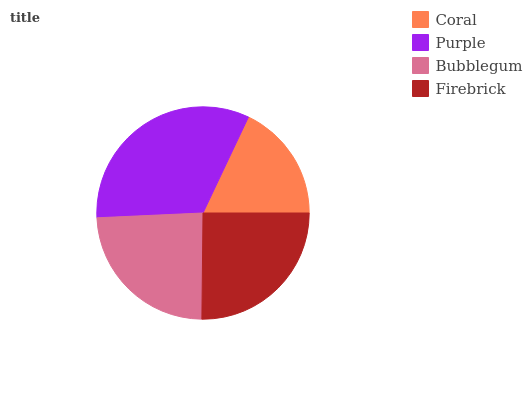
| Coral | Purple | Bubblegum | Firebrick |
 | --- | --- | --- | --- |
 | 18% | 32.8% | 24.2% | 25.1% |